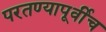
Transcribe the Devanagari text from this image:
परतण्यापूर्वीच